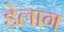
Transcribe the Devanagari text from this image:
डेलाग